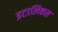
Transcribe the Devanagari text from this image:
इटालिकस